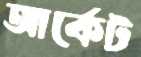
আর্কেট